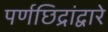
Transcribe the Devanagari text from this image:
पर्णछिद्रांद्वारे